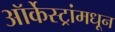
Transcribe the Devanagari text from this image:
ऑर्केस्ट्रांमधून